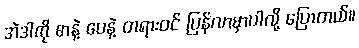
အဲဒါကို စာနဲ့ ပေနဲ့ တရားဝင် ပြန်လာမှာပါလို့ ပြောတယ်။